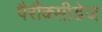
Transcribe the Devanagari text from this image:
पैरौक्सीडेज